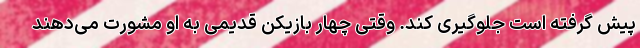
پیش گرفته است جلوگیری کند. وقتی چهار بازیکن قدیمی به او مشورت می‌دهند